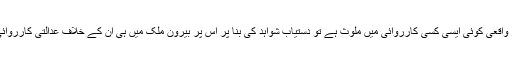
ان کے بقول اگر واقعی کوئی ایسی کسی کارروائی میں ملوث ہے تو دستیاب شواہد کی بنا پر اس پر بیرون ملک میں ہی ان کے خلاف عدالتی کارروائی کرنی چاہیئے۔